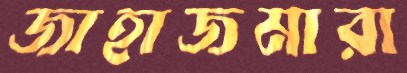
জাহাজমারা